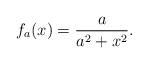
LaTeX: \begin{align*} f_{a}(x)=\dfrac{a}{a^2+x^2}.\end{align*}